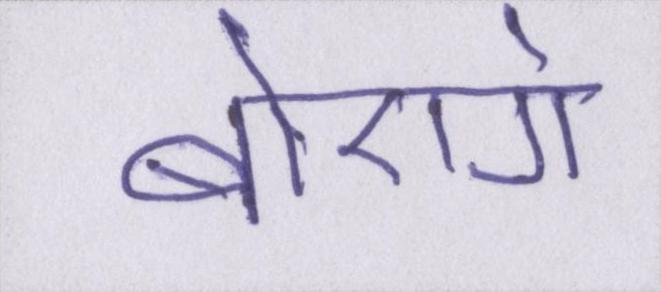
बोएगे